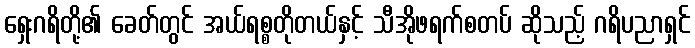
ရှေးဂရိတို့၏ ခေတ်တွင် အယ်ရစ္စတိုတယ်နှင့် သီအိုဖရက်စတပ် ဆိုသည့် ဂရိပညာရှင်